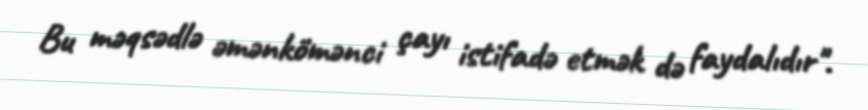
Bu məqsədlə əmənkömənci çayı istifadə etmək də faydalıdır".